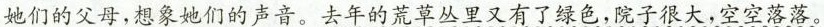
她们的父母，想象她们的声音。去年的荒草丛里又有了绿色，院子很大，空空落落。